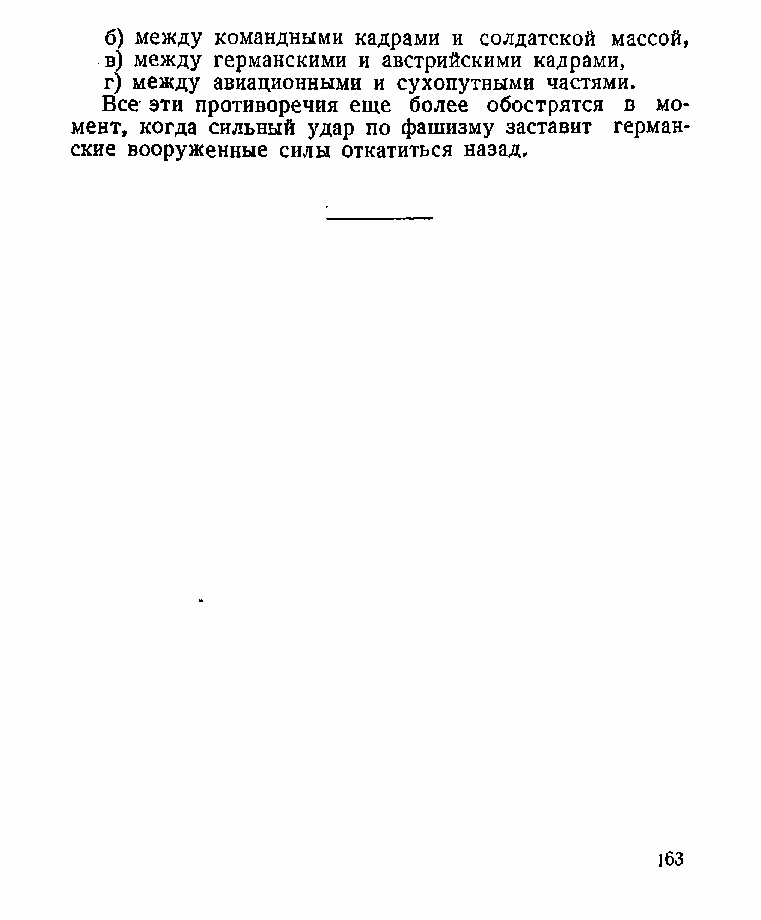
б) между командными кадрами и солдатской массой,
 в) между германскими и австрийскими кадрами,
 г) между авиационными и сухопутными частями.
 Все эти противоречия еще более обострятся в мо­
 мент, когда сильный удар по фашизму заставит герман­
 ские вооруженные силы откатиться назад.
 163